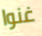
غنوا